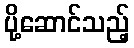
ပို့ဆောင်သည့်